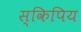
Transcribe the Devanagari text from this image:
स्किपिय